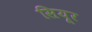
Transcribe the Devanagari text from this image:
सियूर